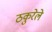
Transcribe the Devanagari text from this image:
ठकुरेले